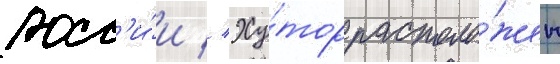
росс'и́и // Ху́тор располо́жен